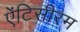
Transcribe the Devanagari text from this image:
ऐंटिसीरम